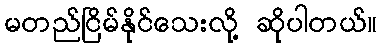
မတည်ငြိမ်နိုင်သေးလို့ ဆိုပါတယ်။